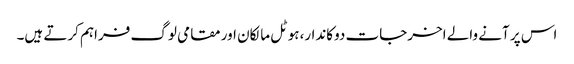
اس پر آنے والے اخرجات دوکاندار،ہوٹل مالکان اور مقامی لوگ فراہم کرتے ہیں۔